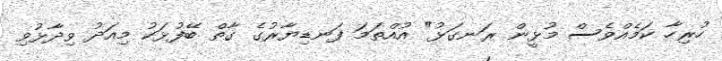
ހުރިހާ ކަމެއްވެސް މުޅީން ރަނގަޅު" އުއްތަމަ ފަނޑިޔާރުގެ ގާތް ބޭފުޅަކު މިއަދު ވިދާޅުވި